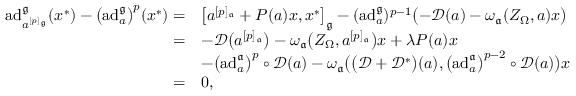
\begin{array} { r l } { \mathrm { a d } _ { a ^ { [ p ] _ { \mathfrak { g } } } } ^ { \mathfrak { g } } ( x ^ { * } ) - \bigl ( \mathrm { a d } _ { a } ^ { \mathfrak { g } } \bigr ) ^ { p } ( x ^ { * } ) = } & { \big [ a ^ { [ p ] _ { \mathfrak { a } } } + P ( a ) x , x ^ { * } \big ] _ { \mathfrak { g } } - ( \mathrm { a d } _ { a } ^ { \mathfrak { g } } ) ^ { p - 1 } \bigl ( - \mathscr { D } ( a ) - \omega _ { \mathfrak { a } } ( Z _ { \Omega } , a ) x \bigr ) } \\ { = } & { - { \mathscr D } \bigl ( a ^ { [ p ] _ { \mathfrak { a } } } \bigr ) - \omega _ { \mathfrak { a } } \bigl ( Z _ { \Omega } , a ^ { [ p ] _ { \mathfrak { a } } } \bigr ) x + \lambda P ( a ) x } \\ & { - \bigl ( \mathrm { a d } _ { a } ^ { \mathfrak { a } } \bigr ) ^ { p } \circ { \mathscr D } ( a ) - \omega _ { \mathfrak { a } } \bigl ( \bigl ( { \mathscr D } + { \mathscr D } ^ { * } \bigr ) ( a ) , \bigl ( \mathrm { a d } _ { a } ^ { \mathfrak { a } } \bigr ) ^ { p - 2 } \circ { \mathscr D } ( a ) \bigr ) x } \\ { = } & { 0 , } \end{array}